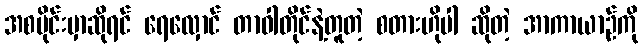
အစပိုင်းမှာဆိုရင် ရေလှောင် တာဝါတိုင်နဲ့တူတဲ့ စတားဟိုပါ ဆိုတဲ့ အာကာယာဉ်ကို